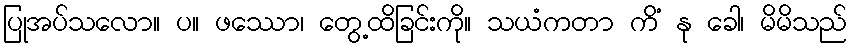
ပြုအပ်သလော။ ပ။ ဖဿော၊ တွေ့ထိခြင်းကို။ သယံကတာ ကိံ နု ခေါ၊ မိမိသည်